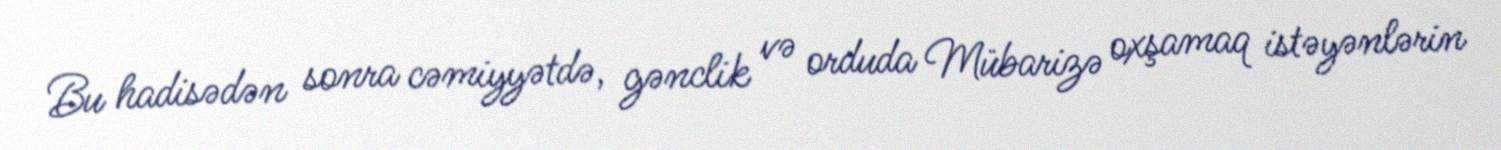
Bu hadisədən sonra cəmiyyətdə, gənclik və orduda Mübarizə oxşamaq istəyənlərin